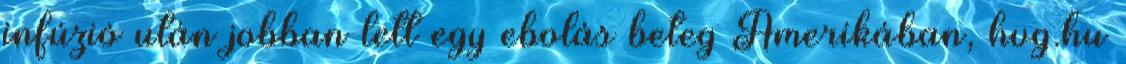
infúzió után jobban lett egy ebolás beteg Amerikában, hvg.hu